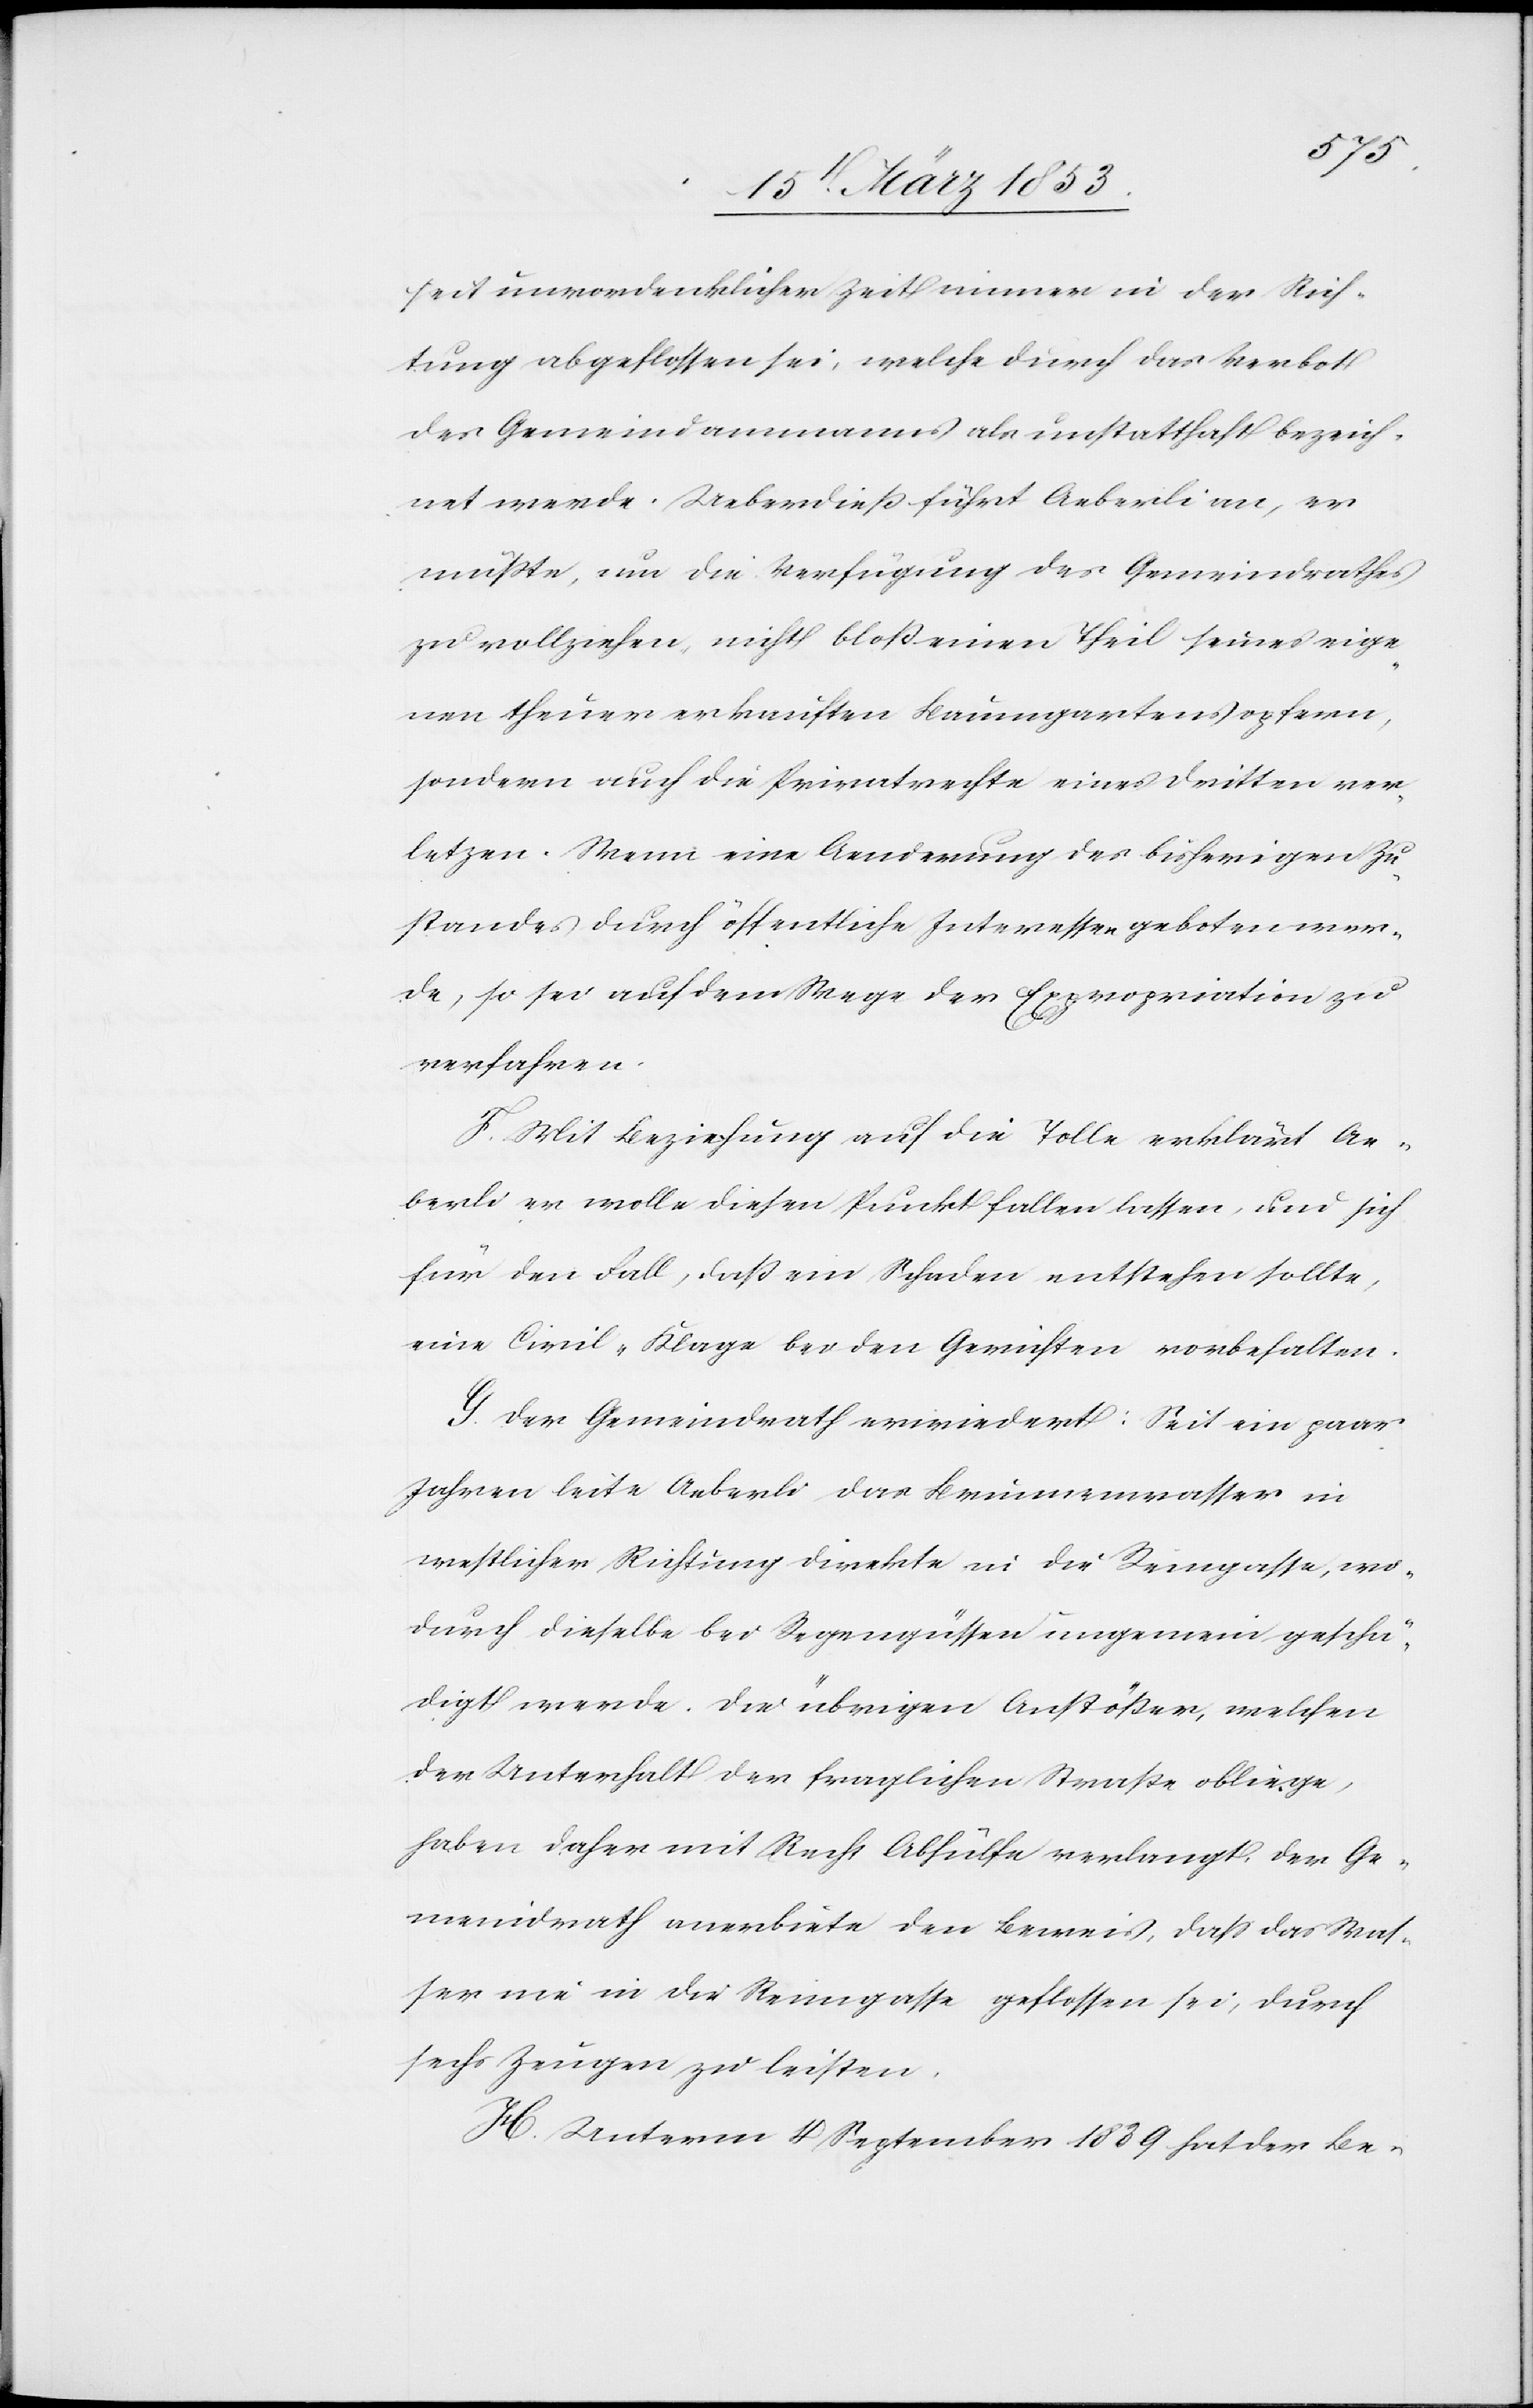
seit unvordenklicher Zeit immer in der Rich¬
tung abgeflossen sei, welche durch das Verbot
des Gemeindsammanns als unstatthaft bezeich¬
net werde. Ueberdieß führt die Aeberli an, er
müßte, um die Verfügung des Gemeindrathes
zu vollziehen, nicht bloß einen Theil seines eige¬
nen theuer erkauften Baumgartens opfern,
sondern auch die Privatrechte eines dritten ver¬
letzen. Wenn eine Aenderung des bisherigen Zu¬
standes durch öffentliche Interessen geboten wer¬
de, so sei auf dem Wege der Expropriation zu
verfahren.
F. Mit Beziehung auf die Tolle erklärt Ae¬
berli er wolle diesen Punkt fallen lassen, und sich
für den Fall, daß ein Schaden entstehen sollte,
eine Civil-Klage bei den Gerichten vorbehalten.
G. Der Gemeindrath erwiedert: Seit ein paar
Jahren leite Aeberli das Brunnenwasser in
westlicher Richtung direkte in die Reingasse, wo¬
durch dieselbe bei Regengüssen ungemein geschä¬
digt werde. Die übrigen Anstößer, welchen
der Unterhalt der fraglichen Straße obliege,
haben daher mit Recht Abhülfe verlangt, der Ge¬
meindrath anerbiete den Beweis, daß das Was¬
ser nie in der Reingasse geflossen sei, durch
sechs Zeugen zu leisten.
H. Unterm 4 September 1839 hat der Be-